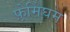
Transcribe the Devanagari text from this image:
फ़्रेमिंघम